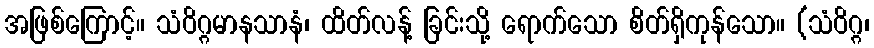
အဖြစ်ကြောင့်။ သံဝိဂ္ဂမာနသာနံ၊ ထိတ်လန့် ခြင်းသို့ ရောက်သော စိတ်ရှိကုန်သော။ (သံဝိဂ္ဂ၊